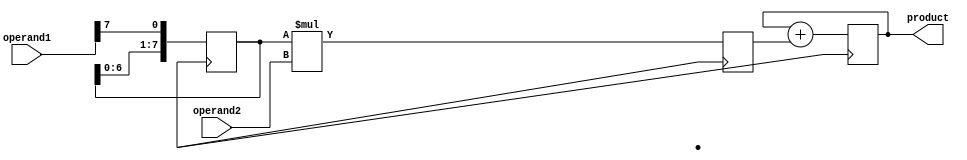
module shift_add_multiplier (
    input wire [7:0] operand1,
    input wire [7:0] operand2,
    output reg [15:0] product
);

reg [7:0] shift_reg;
reg [7:0] partial_product;

always @ (posedge clk) begin
    shift_reg <= {shift_reg[6:0], operand1[7]};
    partial_product <= shift_reg * operand2;
    product <= product + partial_product;
end

endmodule